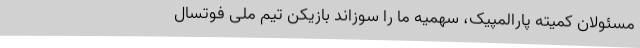
مسئولان کمیته پارالمپیک، سهمیه ما را سوزاند بازیکن تیم ملی فوتسال